Leaving Certificate Examination (including Day School Certificate (Higher) General paper), 1931
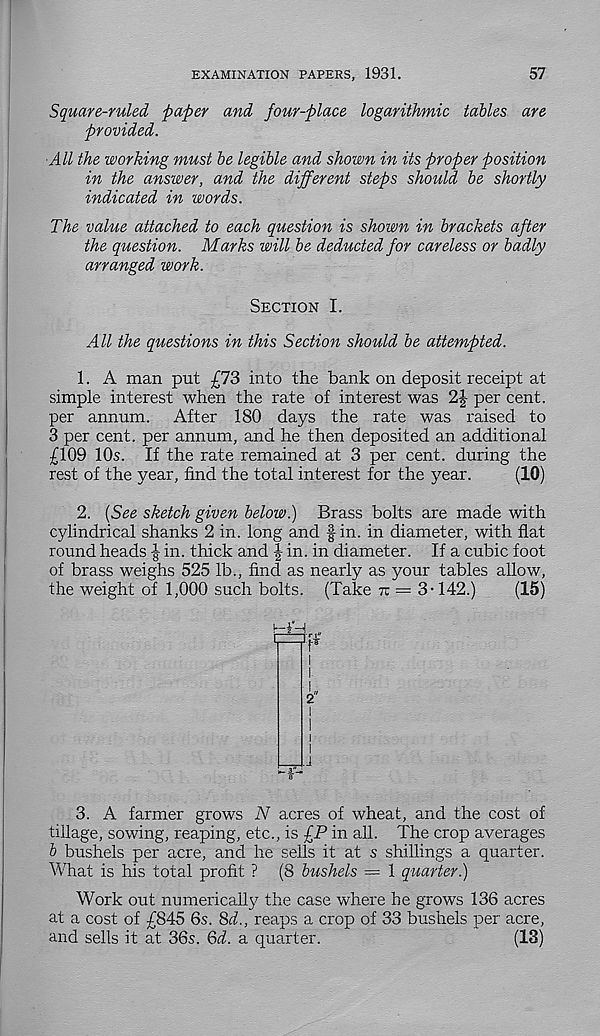
EXAMINATION PAPERS, 1931.
57
Square-ruled paper and four-place logarithmic tables are
provided.
All the working must be legible and shown in its proper position
in the answer, and the different steps should be shortly
indicated in words.
The value attached to each question is shown in brackets after
the question. Marks will be deducted for careless or badly
arranged work.
Section I.
All the questions in this Section should be attempted.
1. A man put £73 into the bank on deposit receipt at
simple interest when the rate of interest was 2|- per cent,
per annum. After 180 days the rate was raised to
3 per cent, per annum, and he then deposited an additional
£109 10s. If the rate remained at 3 per cent, during the
rest of the year, find the total interest for the year.
(10)
2. (See sketch given below.) Brass bolts are made with
cylindrical shanks 2 in. long and fin. in diameter, with flat
round heads | in. thick and | in. in diameter. If a cubic foot
of brass weighs 525 lb., find as nearly as your tables allow,
the weight of 1,000 such bolts. (Take tt = 3-142.)
(15)
2"
i
l
_J.l
8
3. A farmer grows N acres of wheat, and the cost of
tillage, sowing, reaping, etc., is £P in all. The crop averages
b bushels per acre, and he sells it at s shillings a quarter.
What is his total profit ? (8 bushels — 1 quarter.)
Work out numerically the case where he grows 136 acres
at a cost of £845 6s. 8d., reaps a crop of 33 bushels per acre,
and sells it at 36s. Qd. a quarter.
(13)